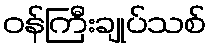
ဝန်ကြီးချုပ်သစ်